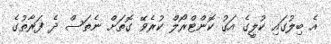
އެ ބިލުގައި ކުލީގެ އަގު ކޮންޓްރޯލް ކުރެވޭ ގޮތަށް ނެތަސް ދެ ފަރާތުގެ